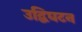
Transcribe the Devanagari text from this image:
उद्विघटन